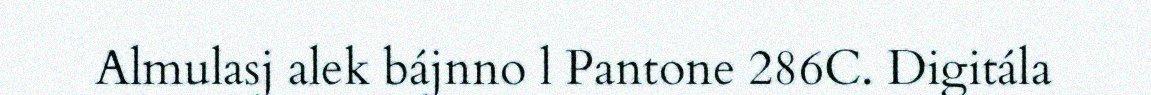
Almulasj alek bájnno l Pantone 286C. Digitála